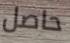
حاصل